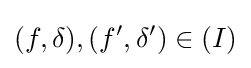
(f,\delta ),(f',\delta ')\in (I)